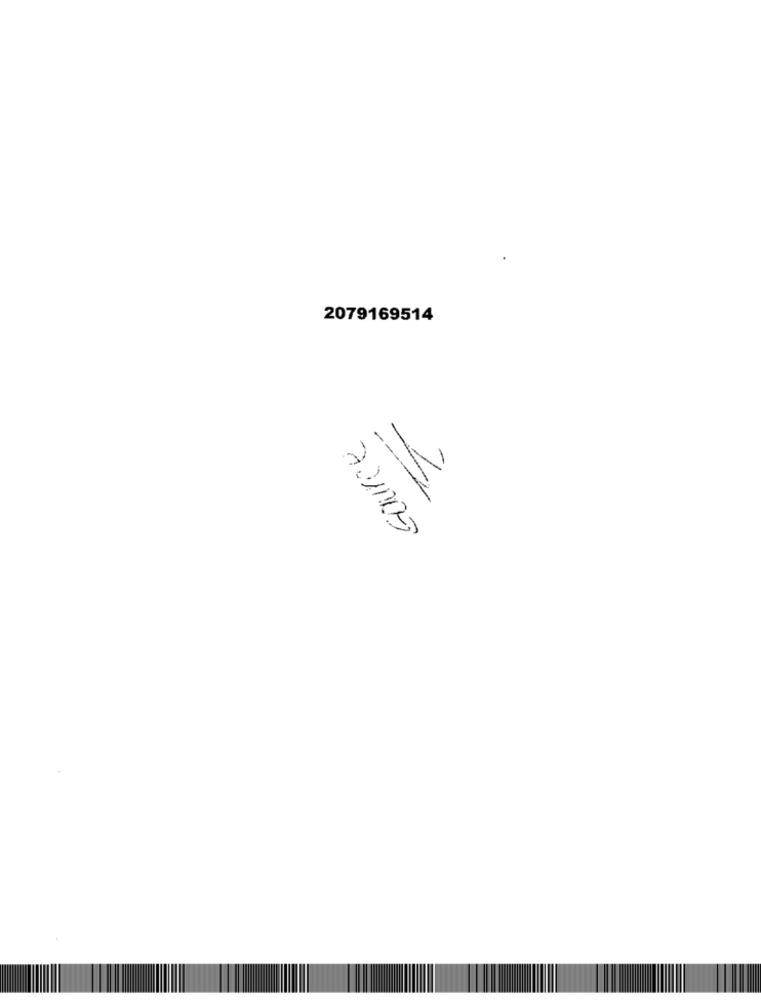
2079169514
---
N